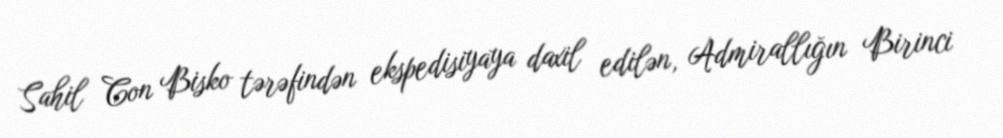
Sahil Con Bisko tərəfindən ekspedisiyaya daxil edilən, Admirallığın Birinci